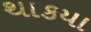
થાકયા